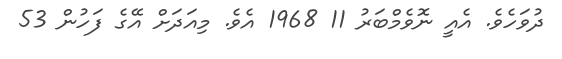
ދުވަހެވެ. އެއީ ނޮވެމްބަރު 11 1968 އެވެ. މިއަދަށް އޭގެ ފަހުން 53